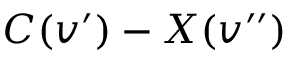
C ( v ^ { \prime } ) - X ( v ^ { \prime \prime } )